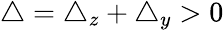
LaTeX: \begin{array}{r}{\triangle=\triangle_{z}+\triangle_{y}>0}\end{array}